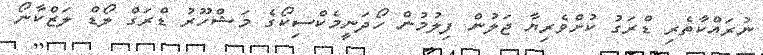
ނުރައްކާތެރި ޑްރަގު ކުށްވެރިޔާ ޖަލުން ފިލުމުން ހޯދަނީމެކްސިކޯގެ މަޝްހޫރު ޑްރަގް ލޯޑް ލަޒްކާނޯ